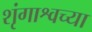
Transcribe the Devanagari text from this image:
शृंगाश्वच्या